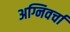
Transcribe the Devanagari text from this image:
अग्निवर्चा